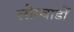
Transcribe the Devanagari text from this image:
लोम्बार्डों